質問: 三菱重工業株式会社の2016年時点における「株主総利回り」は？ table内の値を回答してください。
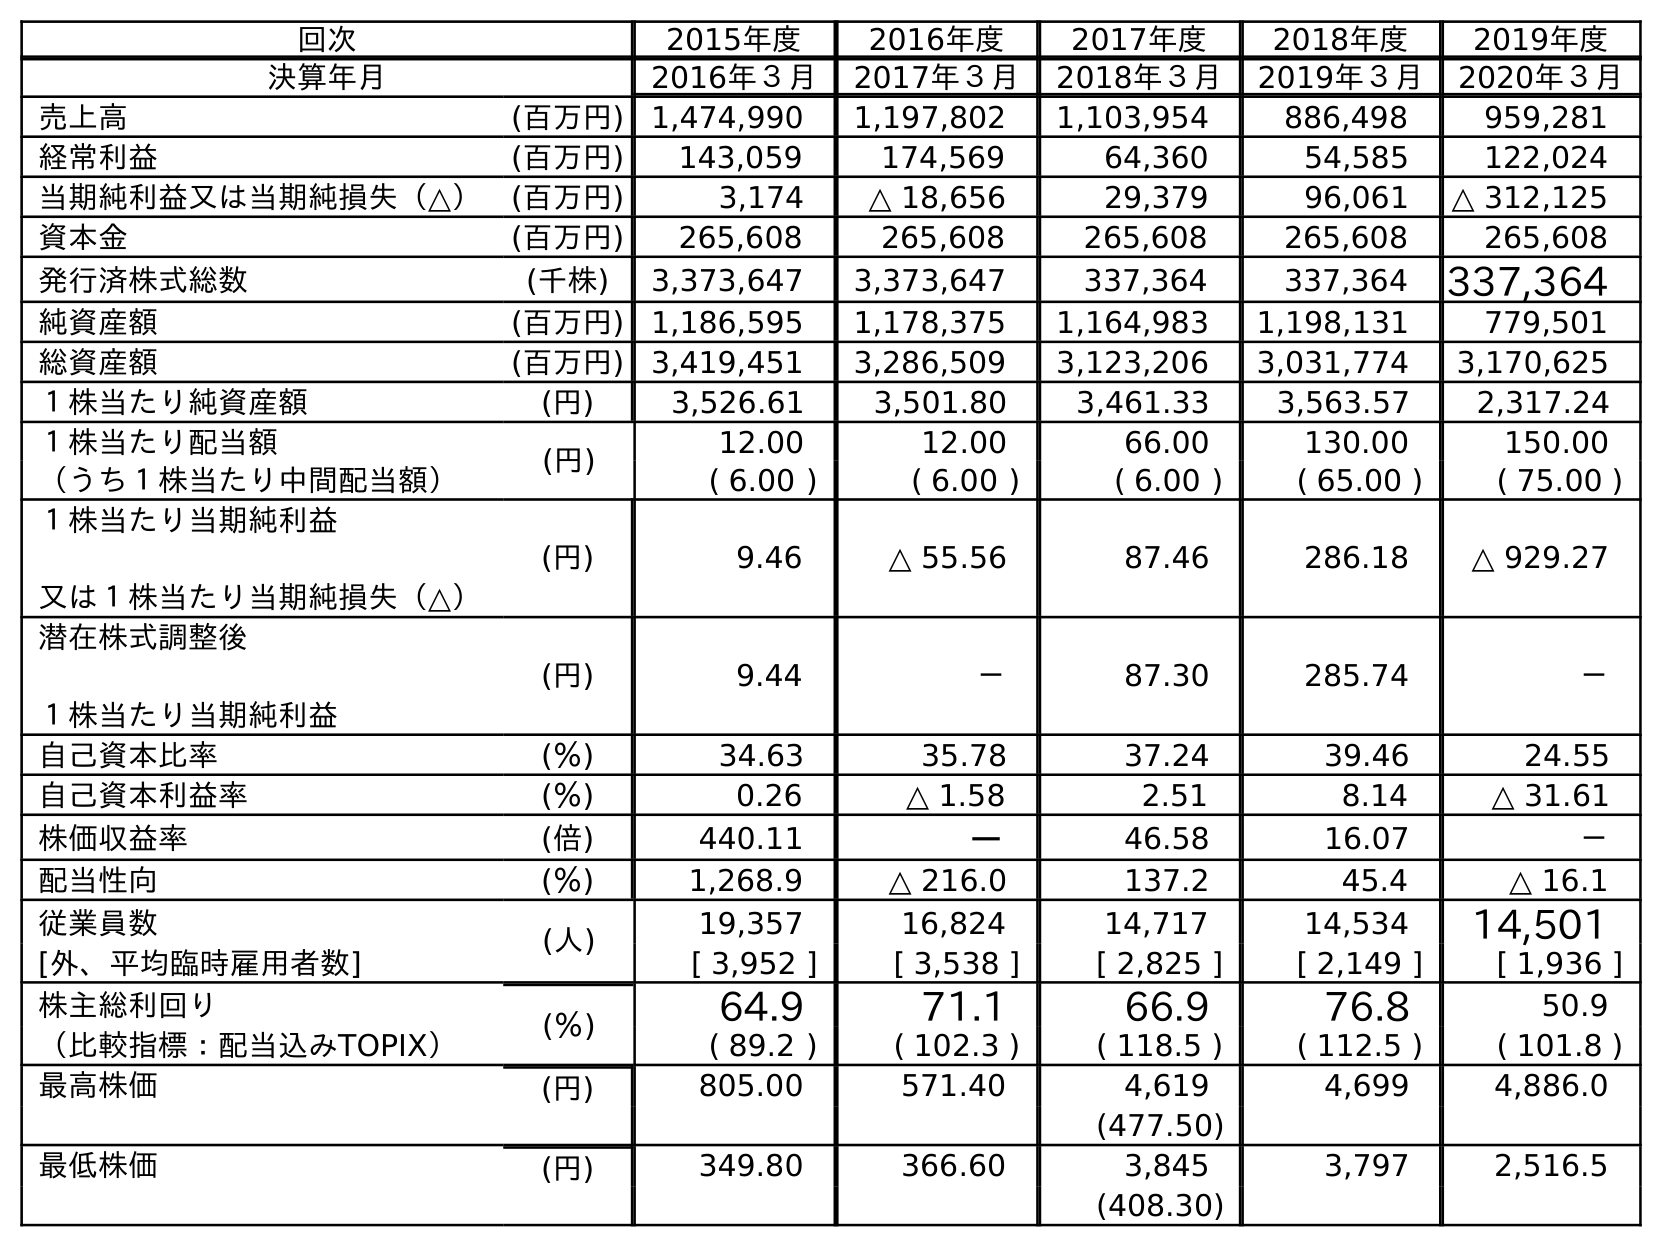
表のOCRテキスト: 回次 2015年度 2016年度 2017年度 2018年度 2019年度 決算年月 2016年３月 2017年３月 2018年３月 2019年３月 2020年３月 売上高 (百万円) 1,474,990 1,197,802 1,103,954 886,498 959,281 経常利益 (百万円) 143,059 174,569 64,360 54,585 122,024 当期純利益又は当期純損失（△） (百万円) 3,174 △ 18,656 29,379 96,061 △ 312,125 資本金 (百万円) 265,608 265,608 265,608 265,608 265,608 発行済株式総数 (千株) 3,373,647 3,373,647 337,364 337,364 337,364 純資産額 (百万円) 1,186,595 1,178,375 1,164,983 1,198,131 779,501 総資産額 (百万円) 3,419,451 3,286,509 3,123,206 3,031,774 3,170,625 １株当たり純資産額 (円) 3,526.61 3,501.80 3,461.33 3,563.57 2,317.24 １株当たり配当額 (円) 12.00 12.00 66.00 130.00 150.00 （うち１株当たり中間配当額） ( 6.00 ) ( 6.00 ) ( 6.00 ) ( 65.00 ) ( 75.00 ) １株当たり当期純利益 又は１株当たり当期純損失（△） (円) 9.46 △ 55.56 87.46 286.18 △ 929.27 潜在株式調整後 １株当たり当期純利益 (円) 9.44 － 87.30 285.74 － 自己資本比率 (％) 34.63 35.78 37.24 39.46 24.55 自己資本利益率 (％) 0.26 △ 1.58 2.51 8.14 △ 31.61 株価収益率 (倍) 440.11 － 46.58 16.07 － 配当性向 (％) 1,268.9 △ 216.0 137.2 45.4 △ 16.1 従業員数 (人) 19,357 16,824 14,717 14,534 14,501 [外、平均臨時雇用者数] [ 3,952 ] [ 3,538 ] [ 2,825 ] [ 2,149 ] [ 1,936 ] 株主総利回り (％) 64.9 71.1 66.9 76.8 50.9 （比較指標：配当込みTOPIX） ( 89.2 ) ( 102.3 ) ( 118.5 ) ( 112.5 ) ( 101.8 ) 最高株価 (円) 805.00 571.40 4,619 4,699 4,886.0 (477.50) 最低株価 (円) 349.80 366.60 3,845 3,797 2,516.5 (408.30)
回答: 64.9